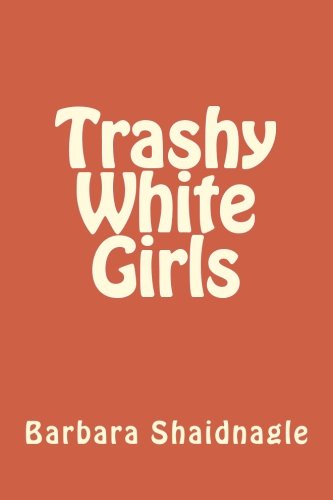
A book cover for Trashy White Girls; Barbara Shaidnagle; Parenting & Relationships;